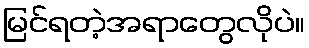
မြင်ရတဲ့အရာတွေလိုပဲ။